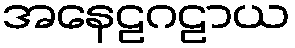
အနေဠဂဠာယ